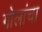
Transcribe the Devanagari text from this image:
गोलांचा